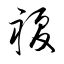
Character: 複